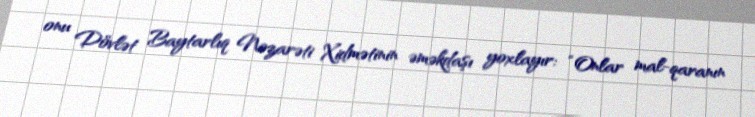
onu Dövlət Baytarlıq Nəzarəti Xidmətinin əməkdaşı yoxlayır: “Onlar mal-qaranın